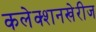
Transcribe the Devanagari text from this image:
कलेक्शनखेरीज